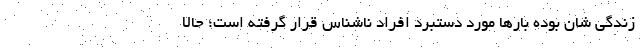
زندگی شان بوده بارها مورد دستبرد افراد ناشناس قرار گرفته است؛ حالا